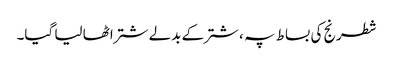
شطرنج کی بساط پہ ، شتر کے بدلے شتر اٹھا لیا گیا۔